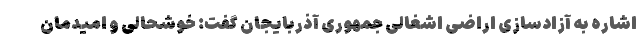
اشاره به آزادسازی اراضی اشغالی جمهوری آذربایجان گفت: خوشحالی و امیدمان